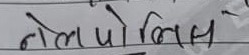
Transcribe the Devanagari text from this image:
नेलपोलिस